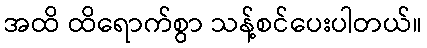
အထိ ထိရောက်စွာ သန့်စင်ပေးပါတယ်။